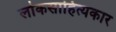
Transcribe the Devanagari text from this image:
लोकसाहित्यकार